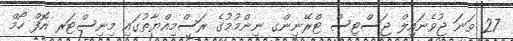
27 ވަނަ ޖުވެނައިލް ޖަސްޓިސް ޓްރޭނިންގ ނިންމުމުގެ ރަސްމިއްޔާތުގައި މިނިސްޓަރ އޮފް ހޯމް